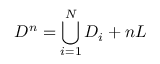
D ^ { n } = \bigcup _ { i = 1 } ^ { N } D _ { i } + n L